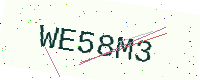
Text: WE58M3